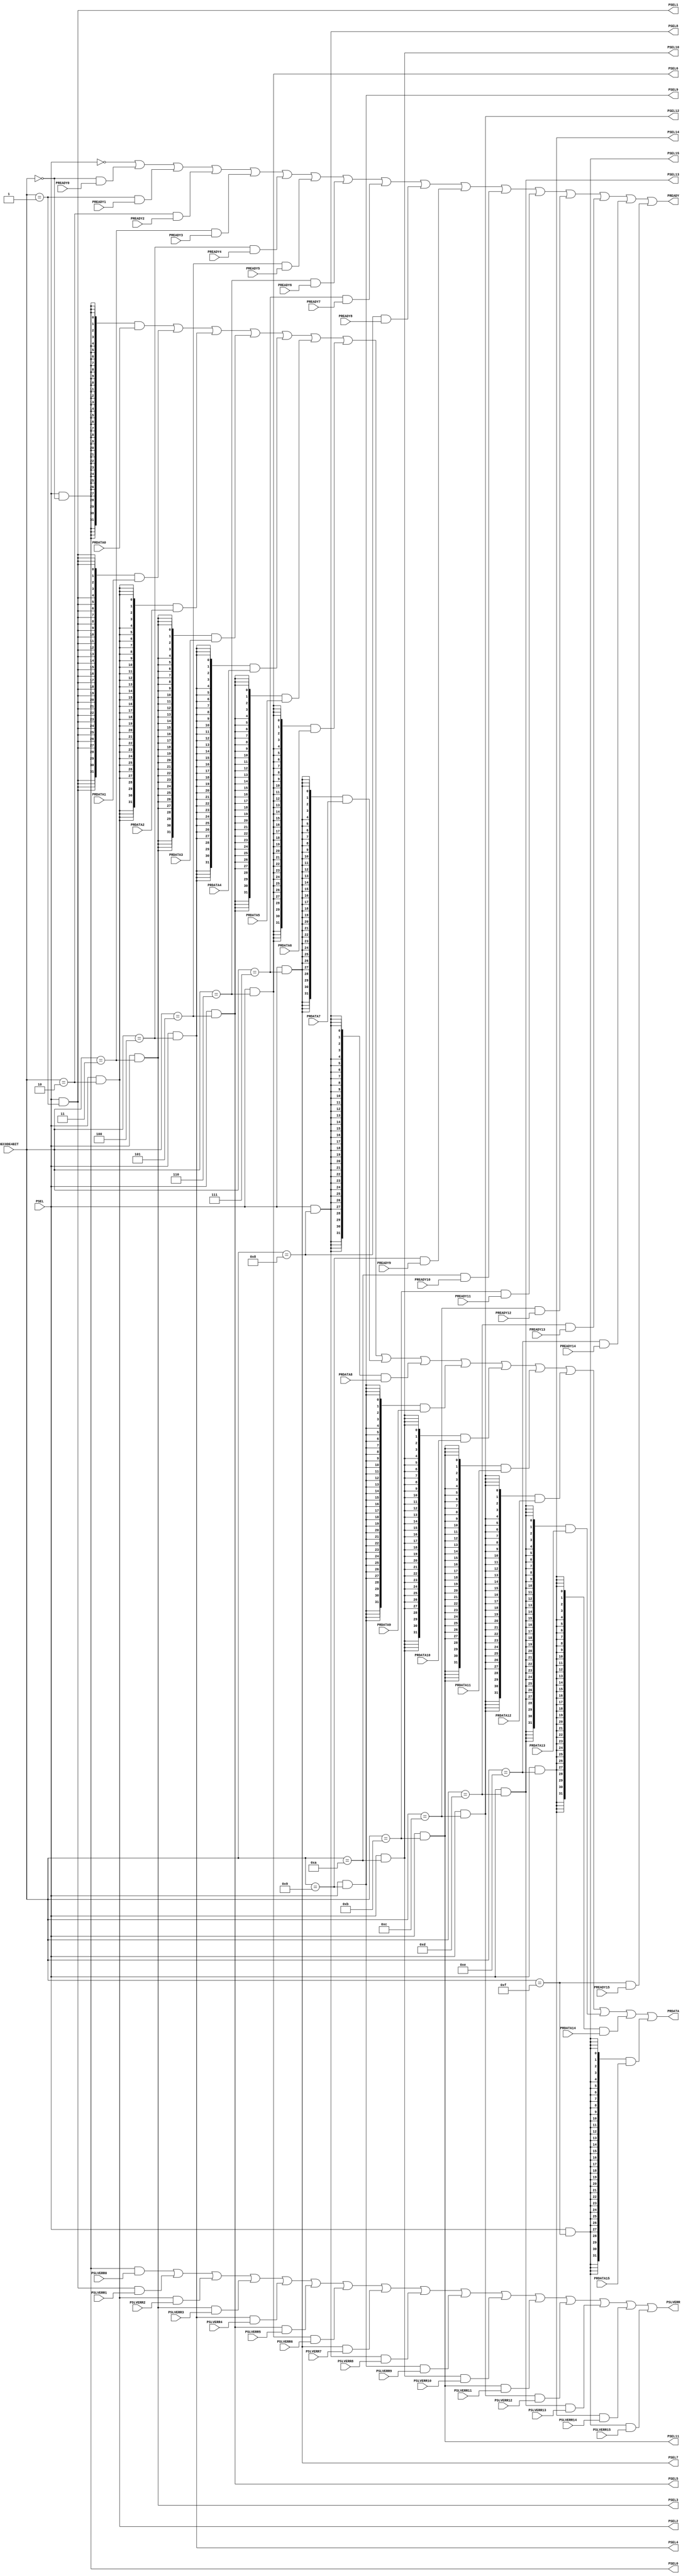
//------------------------------------------------------------------------------
// The confidential and proprietary information contained in this file may
// only be used by a person authorised under and to the extent permitted
// by a subsisting licensing agreement from ARM Limited.
//
//            (C) COPYRIGHT 2010-2015  ARM Limited or its affiliates.
//                ALL RIGHTS RESERVED
//
// This entire notice must be reproduced on all copies of this file
// and copies of this file may only be made by a person if such person is
// permitted to do so under the terms of a subsisting license agreement
// from ARM Limited.
//
//  Version and Release Control Information:
//
//  File Revision       : $Revision: 275084 $
//  File Date           : $Date: 2014-03-27 15:09:11 +0000 (Thu, 27 Mar 2014) $
//
//  Release Information : Cortex-M0 DesignStart-r1p0-00rel0
//------------------------------------------------------------------------------
// Verilog-2001 (IEEE Std 1364-2001)
//------------------------------------------------------------------------------
//
//------------------------------------------------------------------------------
// Abstract : APB slave multiplex
//------------------------------------------------------------------------------
module cmsdk_apb_slave_mux #(
  // Parameters to enable/disable ports
  parameter PORT0_ENABLE  = 1,
  parameter PORT1_ENABLE  = 1,
  parameter PORT2_ENABLE  = 1,
  parameter PORT3_ENABLE  = 1,
  parameter PORT4_ENABLE  = 1,
  parameter PORT5_ENABLE  = 1,
  parameter PORT6_ENABLE  = 1,
  parameter PORT7_ENABLE  = 1,
  parameter PORT8_ENABLE  = 1,
  parameter PORT9_ENABLE  = 1,
  parameter PORT10_ENABLE = 1,
  parameter PORT11_ENABLE = 1,
  parameter PORT12_ENABLE = 1,
  parameter PORT13_ENABLE = 1,
  parameter PORT14_ENABLE = 1,
  parameter PORT15_ENABLE = 1)
 (
// --------------------------------------------------------------------------
// Port Definitions
// --------------------------------------------------------------------------
  input  wire  [3:0]  DECODE4BIT,
  input  wire         PSEL,

  output wire         PSEL0,
  input  wire         PREADY0,
  input  wire [31:0]  PRDATA0,
  input  wire         PSLVERR0,

  output wire         PSEL1,
  input  wire         PREADY1,
  input  wire [31:0]  PRDATA1,
  input  wire         PSLVERR1,

  output wire         PSEL2,
  input  wire         PREADY2,
  input  wire [31:0]  PRDATA2,
  input  wire         PSLVERR2,

  output wire         PSEL3,
  input  wire         PREADY3,
  input  wire [31:0]  PRDATA3,
  input  wire         PSLVERR3,

  output wire         PSEL4,
  input  wire         PREADY4,
  input  wire [31:0]  PRDATA4,
  input  wire         PSLVERR4,

  output wire         PSEL5,
  input  wire         PREADY5,
  input  wire [31:0]  PRDATA5,
  input  wire         PSLVERR5,

  output wire         PSEL6,
  input  wire         PREADY6,
  input  wire [31:0]  PRDATA6,
  input  wire         PSLVERR6,

  output wire         PSEL7,
  input  wire         PREADY7,
  input  wire [31:0]  PRDATA7,
  input  wire         PSLVERR7,

  output wire         PSEL8,
  input  wire         PREADY8,
  input  wire [31:0]  PRDATA8,
  input  wire         PSLVERR8,

  output wire         PSEL9,
  input  wire         PREADY9,
  input  wire [31:0]  PRDATA9,
  input  wire         PSLVERR9,

  output wire         PSEL10,
  input  wire         PREADY10,
  input  wire [31:0]  PRDATA10,
  input  wire         PSLVERR10,

  output wire         PSEL11,
  input  wire         PREADY11,
  input  wire [31:0]  PRDATA11,
  input  wire         PSLVERR11,

  output wire         PSEL12,
  input  wire         PREADY12,
  input  wire [31:0]  PRDATA12,
  input  wire         PSLVERR12,

  output wire         PSEL13,
  input  wire         PREADY13,
  input  wire [31:0]  PRDATA13,
  input  wire         PSLVERR13,

  output wire         PSEL14,
  input  wire         PREADY14,
  input  wire [31:0]  PRDATA14,
  input  wire         PSLVERR14,

  output wire         PSEL15,
  input  wire         PREADY15,
  input  wire [31:0]  PRDATA15,
  input  wire         PSLVERR15,

  output wire         PREADY,
  output wire [31:0]  PRDATA,
  output wire         PSLVERR);

  // --------------------------------------------------------------------------
  // Start of main code
  // --------------------------------------------------------------------------

  wire [15:0] en  = { (PORT15_ENABLE == 1), (PORT14_ENABLE == 1),
                      (PORT13_ENABLE == 1), (PORT12_ENABLE == 1),
                      (PORT11_ENABLE == 1), (PORT10_ENABLE == 1),
                      (PORT9_ENABLE  == 1), (PORT8_ENABLE  == 1),
                      (PORT7_ENABLE  == 1), (PORT6_ENABLE  == 1),
                      (PORT5_ENABLE  == 1), (PORT4_ENABLE  == 1),
                      (PORT3_ENABLE  == 1), (PORT2_ENABLE  == 1),
                      (PORT1_ENABLE  == 1), (PORT0_ENABLE  == 1) };

  wire [15:0] dec = { (DECODE4BIT == 4'd15), (DECODE4BIT == 4'd14),
                      (DECODE4BIT == 4'd13), (DECODE4BIT == 4'd12),
                      (DECODE4BIT == 4'd11), (DECODE4BIT == 4'd10),
                      (DECODE4BIT == 4'd9 ), (DECODE4BIT == 4'd8 ),
                      (DECODE4BIT == 4'd7 ), (DECODE4BIT == 4'd6 ),
                      (DECODE4BIT == 4'd5 ), (DECODE4BIT == 4'd4 ),
                      (DECODE4BIT == 4'd3 ), (DECODE4BIT == 4'd2 ),
                      (DECODE4BIT == 4'd1 ), (DECODE4BIT == 4'd0 ) };

  assign PSEL0   = PSEL & dec[ 0] & en[ 0];
  assign PSEL1   = PSEL & dec[ 1] & en[ 1];
  assign PSEL2   = PSEL & dec[ 2] & en[ 2];
  assign PSEL3   = PSEL & dec[ 3] & en[ 3];
  assign PSEL4   = PSEL & dec[ 4] & en[ 4];
  assign PSEL5   = PSEL & dec[ 5] & en[ 5];
  assign PSEL6   = PSEL & dec[ 6] & en[ 6];
  assign PSEL7   = PSEL & dec[ 7] & en[ 7];
  assign PSEL8   = PSEL & dec[ 8] & en[ 8];
  assign PSEL9   = PSEL & dec[ 9] & en[ 9];
  assign PSEL10  = PSEL & dec[10] & en[10];
  assign PSEL11  = PSEL & dec[11] & en[11];
  assign PSEL12  = PSEL & dec[12] & en[12];
  assign PSEL13  = PSEL & dec[13] & en[13];
  assign PSEL14  = PSEL & dec[14] & en[14];
  assign PSEL15  = PSEL & dec[15] & en[15];

  assign PREADY  = ~PSEL |
                   ( dec[ 0]  & (PREADY0  | ~en[ 0]) ) |
                   ( dec[ 1]  & (PREADY1  | ~en[ 1]) ) |
                   ( dec[ 2]  & (PREADY2  | ~en[ 2]) ) |
                   ( dec[ 3]  & (PREADY3  | ~en[ 3]) ) |
                   ( dec[ 4]  & (PREADY4  | ~en[ 4]) ) |
                   ( dec[ 5]  & (PREADY5  | ~en[ 5]) ) |
                   ( dec[ 6]  & (PREADY6  | ~en[ 6]) ) |
                   ( dec[ 7]  & (PREADY7  | ~en[ 7]) ) |
                   ( dec[ 8]  & (PREADY8  | ~en[ 8]) ) |
                   ( dec[ 9]  & (PREADY9  | ~en[ 9]) ) |
                   ( dec[10]  & (PREADY10 | ~en[10]) ) |
                   ( dec[11]  & (PREADY11 | ~en[11]) ) |
                   ( dec[12]  & (PREADY12 | ~en[12]) ) |
                   ( dec[13]  & (PREADY13 | ~en[13]) ) |
                   ( dec[14]  & (PREADY14 | ~en[14]) ) |
                   ( dec[15]  & (PREADY15 | ~en[15]) );

  assign PSLVERR = ( PSEL0  & PSLVERR0  ) |
                   ( PSEL1  & PSLVERR1  ) |
                   ( PSEL2  & PSLVERR2  ) |
                   ( PSEL3  & PSLVERR3  ) |
                   ( PSEL4  & PSLVERR4  ) |
                   ( PSEL5  & PSLVERR5  ) |
                   ( PSEL6  & PSLVERR6  ) |
                   ( PSEL7  & PSLVERR7  ) |
                   ( PSEL8  & PSLVERR8  ) |
                   ( PSEL9  & PSLVERR9  ) |
                   ( PSEL10 & PSLVERR10 ) |
                   ( PSEL11 & PSLVERR11 ) |
                   ( PSEL12 & PSLVERR12 ) |
                   ( PSEL13 & PSLVERR13 ) |
                   ( PSEL14 & PSLVERR14 ) |
                   ( PSEL15 & PSLVERR15 );

  assign PRDATA  = ( {32{PSEL0 }} & PRDATA0  ) |
                   ( {32{PSEL1 }} & PRDATA1  ) |
                   ( {32{PSEL2 }} & PRDATA2  ) |
                   ( {32{PSEL3 }} & PRDATA3  ) |
                   ( {32{PSEL4 }} & PRDATA4  ) |
                   ( {32{PSEL5 }} & PRDATA5  ) |
                   ( {32{PSEL6 }} & PRDATA6  ) |
                   ( {32{PSEL7 }} & PRDATA7  ) |
                   ( {32{PSEL8 }} & PRDATA8  ) |
                   ( {32{PSEL9 }} & PRDATA9  ) |
                   ( {32{PSEL10}} & PRDATA10 ) |
                   ( {32{PSEL11}} & PRDATA11 ) |
                   ( {32{PSEL12}} & PRDATA12 ) |
                   ( {32{PSEL13}} & PRDATA13 ) |
                   ( {32{PSEL14}} & PRDATA14 ) |
                   ( {32{PSEL15}} & PRDATA15 );

endmodule